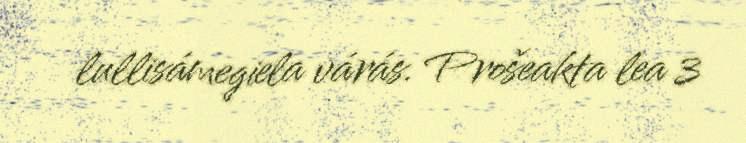
lullisámegiela várás. Prošeakta lea 3